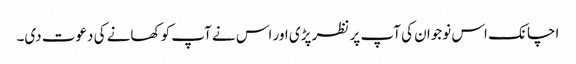
اچانک اس نوجوان کی آپ پر نظر پڑی اور اس نے آپ کو کھانے کی دعوت دی۔